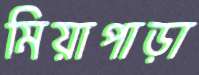
মিয়াপাড়া